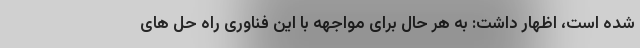
شده است، اظهار داشت: به هر حال برای مواجهه با این فناوری راه حل های